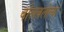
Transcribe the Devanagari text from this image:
बोलवलेल्या